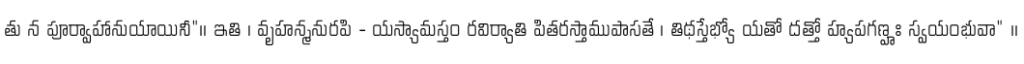
తు న పూర్వాహానుయాయినీ"॥ ఇతి । వృహన్మనురపి - యస్యామస్తం రవిర్యాతి పితరస్తాముపాసతే । తిథస్తేభ్యో యతో దత్తో హ్యపగణ్హః స్వయంభువా" ॥